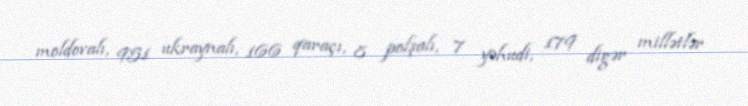
moldovalı, 951 ukraynalı, 166 qaraçı, 8 polşalı, 7 yəhudi, 179 digər millətlər